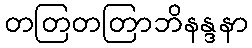
တတြတတြာဘိနန္ဒနာ